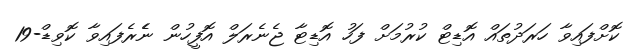
ކޮށްފައިވާ ހަރަދުތައް އޮޑިޓް ކުރުމަށް ފަހު އޮޑިޓާ ޖެނެރަލް އޮފީހުން ނެެރެފައިވާ ކޮވިޑް-19